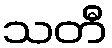
သတီ